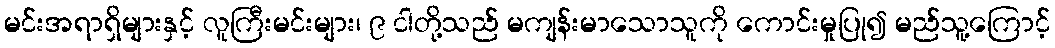
မင်းအရာရှိများနှင့် လူကြီးမင်းများ၊ ၉ ငါတို့သည် မကျန်းမာသောသူကို ကောင်းမှုပြု၍ မည်သူ့ကြောင့်